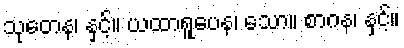
သုတေန၊ နှင့်။ ယထာရူပေန၊ သော။ စာဂန၊ နှင့်။